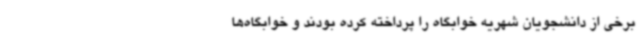
برخی از دانشجویان شهریه خوابگاه را پرداخته کرده بودند و خوابگاه‌ها